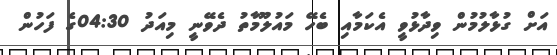
އަށް ގުޅާލުމުން ވިދާޅުވީ އެކަމާއި ބެހޭ މައުލޫމާތު ދެވޭނީ މިއަދު 04:30ގެ ފަހުން